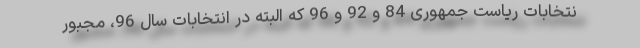
نتخابات ریاست جمهوری 84 و 92 و 96 که البته در انتخابات سال 96، مجبور